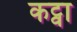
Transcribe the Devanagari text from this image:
कट्वा